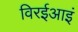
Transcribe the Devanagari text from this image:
विरईआइं